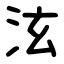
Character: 泫